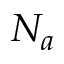
N _ { a }